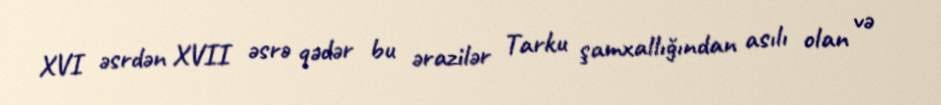
XVI əsrdən XVII əsrə qədər bu ərazilər Tarku şamxallığından asılı olan və